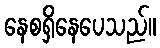
နေစရှိနေပေသည်။